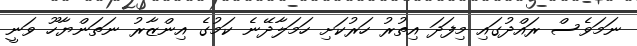
ނަމަވެސް ރައްދުގައި މިފަދަ އިތުރު ހަރުކަށި ހަމަލާދޭނެ ކަމުގެ އިންޒާރު ނަތަންޔާހޫ ވަނީ